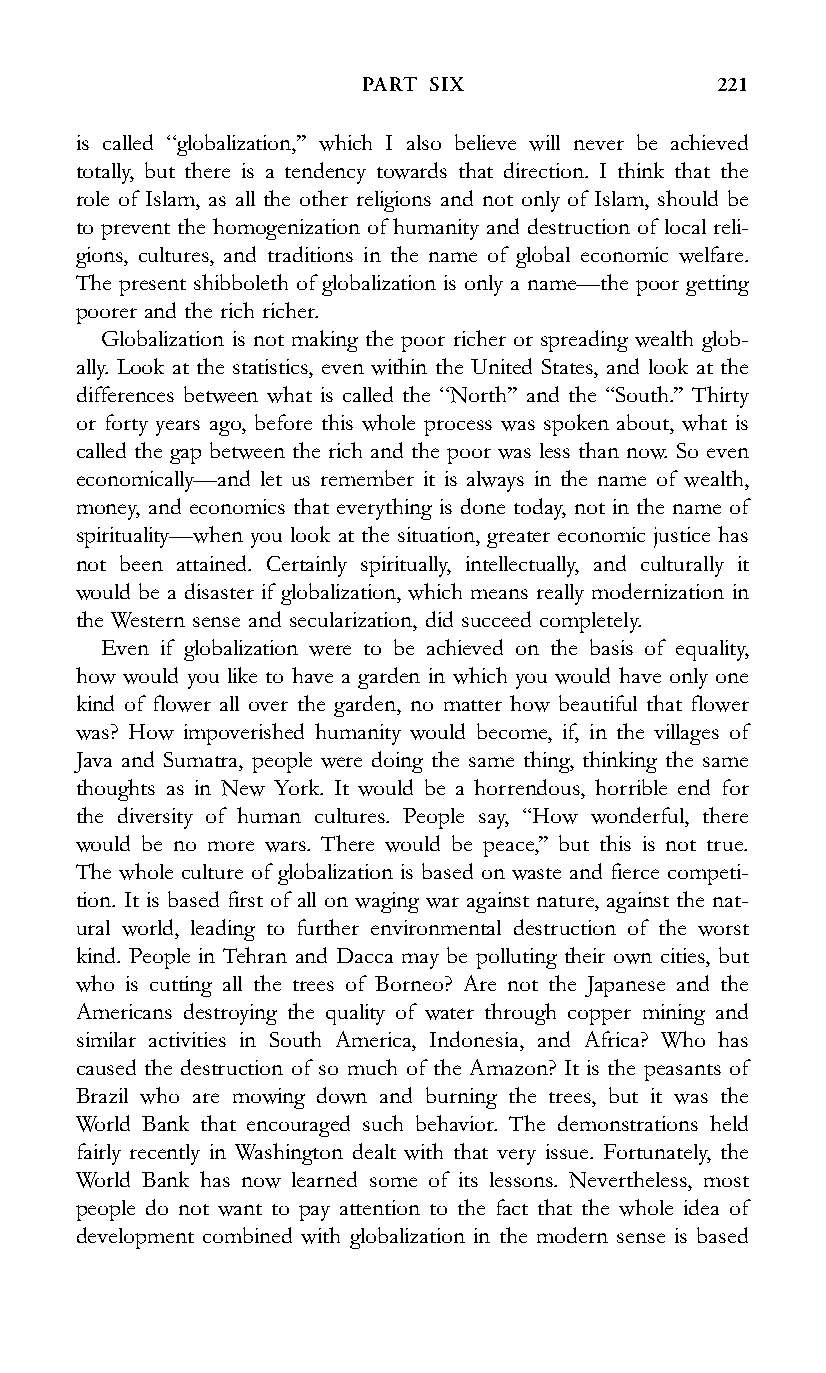
PART SIX                221
 is called ‘‘globalization,’’ which I also believe will never be achieved
 totally, but there is a tendency towards that direction. I think that the
 role of Islam, as all the other religions and not only of Islam, should be
 to prevent the homogenization of humanity and destruction of local reli-
 gions, cultures, and traditions in the name of global economic welfare.
 The present shibboleth of globalization is only a name—the poor getting
 poorer and the rich richer.
 Globalization is not making the poor richer or spreading wealth glob-
 ally. Look at the statistics, even within the United States, and look at the
 differences between what is called the ‘‘North’’ and the ‘‘South.’’ Thirty
 or forty years ago, before this whole process was spoken about, what is
 called the gap between the rich and the poor was less than now. So even
 economically—and let us remember it is always in the name of wealth,
 money, and economics that everything is done today, not in the name of
 spirituality—when you look at the situation, greater economic justice has
 not been attained. Certainly spiritually, intellectually, and culturally it
 would be a disaster if globalization, which means really modernization in
 the Western sense and secularization, did succeed completely.
 Even if globalization were to be achieved on the basis of equality,
 how would you like to have a garden in which you would have only one
 kind of flower all over the garden, no matter how beautiful that flower
 was? How impoverished humanity would become, if, in the villages of
 Java and Sumatra, people were doing the same thing, thinking the same
 thoughts as in New York. It would be a horrendous, horrible end for
 the diversity of human cultures. People say, ‘‘How wonderful, there
 would be no more wars. There would be peace,’’ but this is not true.
 The whole culture of globalization is based on waste and fierce competi-
 tion. It is based first of all on waging war against nature, against the nat-
 ural world, leading to further environmental destruction of the worst
 kind. People in Tehran and Dacca may be polluting their own cities, but
 who is cutting all the trees of Borneo? Are not the Japanese and the
 Americans destroying the quality of water through copper mining and
 similar activities in South America, Indonesia, and Africa? Who has
 caused the destruction of so much of the Amazon? It is the peasants of
 Brazil who are mowing down and burning the trees, but it was the
 World Bank that encouraged such behavior. The demonstrations held
 fairly recently in Washington dealt with that very issue. Fortunately, the
 World Bank has now learned some of its lessons. Nevertheless, most
 people do not want to pay attention to the fact that the whole idea of
 development combined with globalization in the modern sense is based